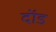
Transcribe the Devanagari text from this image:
दॉड